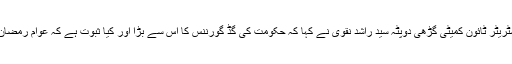
مظاہرین سے خطاب کرتے ہوئے سابق ایڈمنسٹریٹر ٹائون کمیٹی گڑھی دوپٹہ سید راشد نقوی نے کہا کہ حکومت کی گڈ گورننس کا اس سے بڑا اور کیا ثبوت ہے کہ عوام رمضان المبارک میں بجلی اور پانی سے محروم ہیں ۔